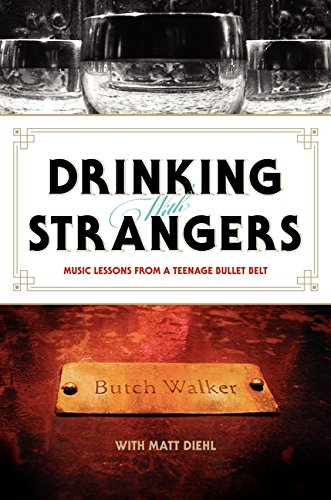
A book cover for Drinking with Strangers: Music Lessons from a Teenage Bullet Belt; Butch Walker; Arts & Photography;